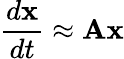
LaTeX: \frac{d{\mathbf{x}}}{dt}\approx{\mathbf A}{\mathbf{x}}